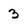
Character: 3